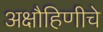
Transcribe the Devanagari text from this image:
अक्षौहिणीचे